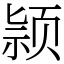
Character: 颕